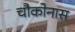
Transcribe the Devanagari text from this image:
चौकोनास